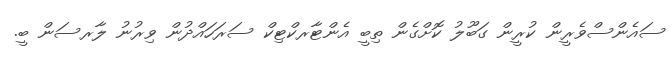
ސައެންސްވެރީން ކުރީން ގަބޫލު ކޮށްގެން ތިބީ އެންޓާރކްޓިކް ސަރަހައްދުން ވިރުނު ލާރސަން ބީ.